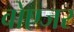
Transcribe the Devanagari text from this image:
वोएजर